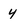
Character: 4